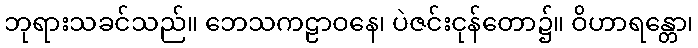
ဘုရားသခင်သည်။ ဘေသကဠာဝနေ၊ ပဲဇင်းငုန်တော၌။ ဝိဟာရန္တော၊